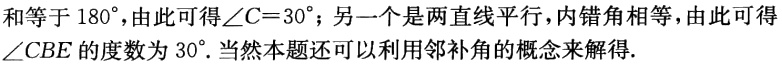
和等于 \(180^{\circ}\)，由此可得\(\angle C = 30^{\circ}\)；另一个是两直线平行，内错角相等，由此可得\(\angle CBE\)的度数为 \(30^{\circ}\). 当然本题还可以利用邻补角的概念来解得.